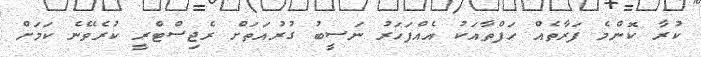
ކުރާ ކޮންމެ ފަރާތެއް ހަފްތާއަކު އެއްފަހަރު ނަސީބު ގުރުއަތަށް ރެޖިސްޓްރީ ކުރެވޭނެ ކަމަށް